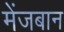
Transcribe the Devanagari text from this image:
मेंजबान